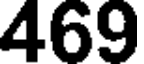
469